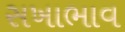
સખાભાવ